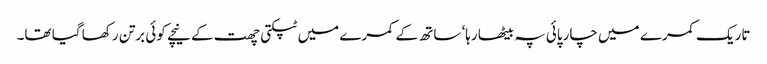
تاریک کمرے میں چارپائی پہ بیٹھا رہا‘ ساتھ کے کمرے میں ٹپکتی چھت کے نیچے کوئی برتن رکھا گیا تھا۔